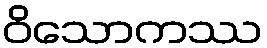
ဝိသောကဿ